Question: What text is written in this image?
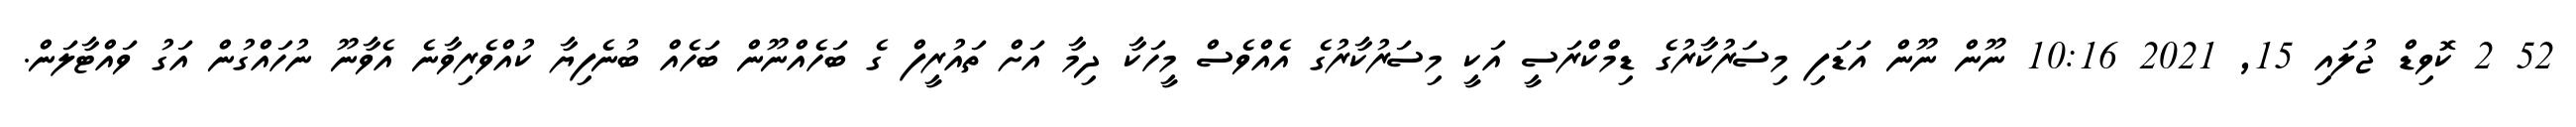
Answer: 52 2 ކޮވިޑް ޖުލައި 15, 2021 10:16 ނޫން ނޫން އަޑަފި މިސަރުކާރުގެ ޑިމްކްރަސީ އަކީ މިސަރުކާރުގެ އެއްވެސް މީހަކާ ދިމާ އަށް ތައުރީފް ގެ ބަހެއްނޫން ބަހެއް ބުނެފިޔާ ކުއްވެރިވާނެ އެވާނޫ ނުހައްގުން އަގު ވައްޓާލަން.